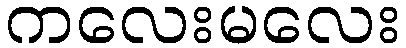
ကလေးမလေး